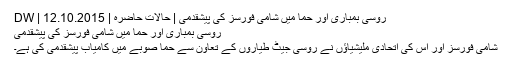
روسی بمباری اور حما میں شامی فورسز کی پیشقدمی | حالات حاضرہ | DW | 12.10.2015
روسی بمباری اور حما میں شامی فورسز کی پیشقدمی
شامی فورسز اور اس کی اتحادی ملیشیاؤں نے روسی جیٹ طیاروں کے تعاون سے حما صوبے میں کامیاب پیشقدمی کی ہے۔